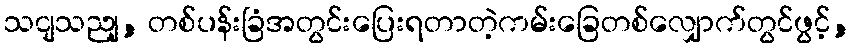
သငျသညျ, တစ်ပန်းခြံအတွင်းပြေးရတာတဲ့ကမ်းခြေတစ်လျှောက်တွင်ဖွင့်,